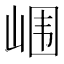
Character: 𰎢